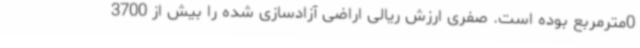
0مترمربع بوده است. صفری ارزش ریالی اراضی آزادسازی شده را بیش از 3700